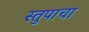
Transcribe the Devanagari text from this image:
स्तुपाचा